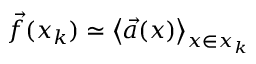
\vec { f } ( x _ { k } ) \simeq \left< \vec { a } ( x ) \right> _ { x \in x _ { k } }